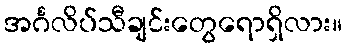
အင်္ဂလိပ်သီချင်းတွေရောရှိလား။